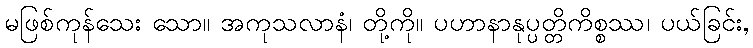
မဖြစ်ကုန်သေး သော။ အကုသလာနံ၊ တို့ကို။ ပဟာနာနုပ္ပတ္တိကိစ္စဿ၊ ပယ်ခြင်း,